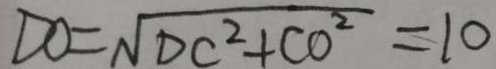
D O = \sqrt { D C ^ { 2 } + C O ^ { 2 } } = 1 0